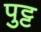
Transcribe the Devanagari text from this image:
पुट्ट